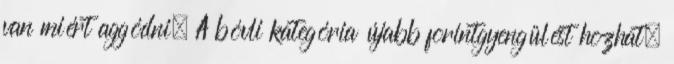
van miért aggódni. A bóvli kategória újabb forintgyengülést hozhat,